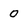
Character: 0